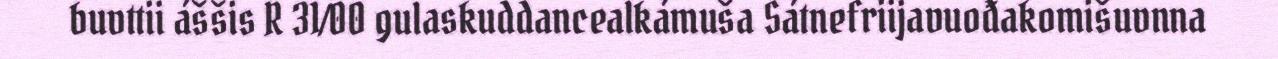
buvttii áššis R 31/00 gulaskuddancealkámuša Sátnefriijavuođakomišuvnna